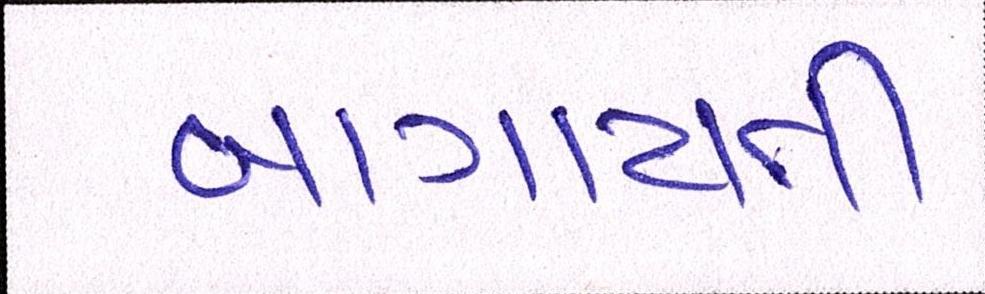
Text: બાગાયતી